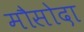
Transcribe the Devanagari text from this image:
मौसोदा